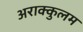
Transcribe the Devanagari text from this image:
अराक्कुलम